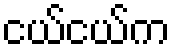
ငယ်ငယ်က